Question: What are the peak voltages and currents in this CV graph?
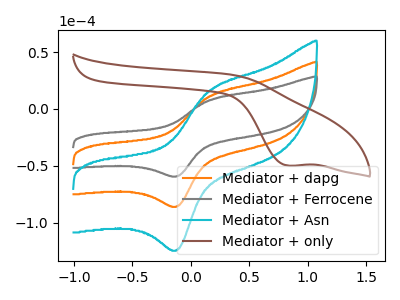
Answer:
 <answer>The orange curve "Mediator + dapg" has an anodic peak at (0.15V, 11.35uA) and a cathodic peak at (-0.10V, -85.65uA). The gray curve "Mediator + Ferrocene" has an anodic peak at (0.15V, 7.80uA) and a cathodic peak at (-0.10V, -59.15uA). The cyan curve "Mediator + Asn" has an anodic peak at (0.15V, 22.65uA) and a cathodic peak at (-0.10V, -171.35uA). The brown curve "Mediator + only" has a cathodic peak at: (0.85V, -49.90uA).</answer>
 <eval></eval>